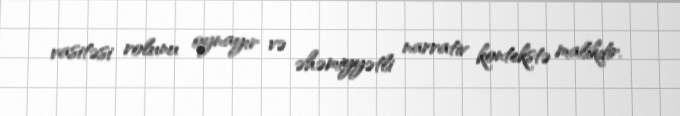
vasitəsi rolunu oynayır və əhəmiyyətli narrativ kontekstə malikdir.